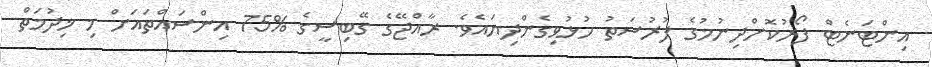
އިންޓަނެޓް ފޯރުކޮށްދިނުމުގެ ފުރުސަތު ހުޅުވިގެންދިޔައެވެ. ރާއްޖޭގެ ގޭބިސީގެ %75 އިންސައްތައަށް މި ޚިދުމަތް